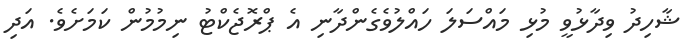
ޝާހިދު ވިދާޅުވީ މުޅި މައްސަލަ ހައްލުވެގެންދާނި އެ ޕްރޮޖެކްޓު ނިމުމުން ކަމަށެވެ. އަދި